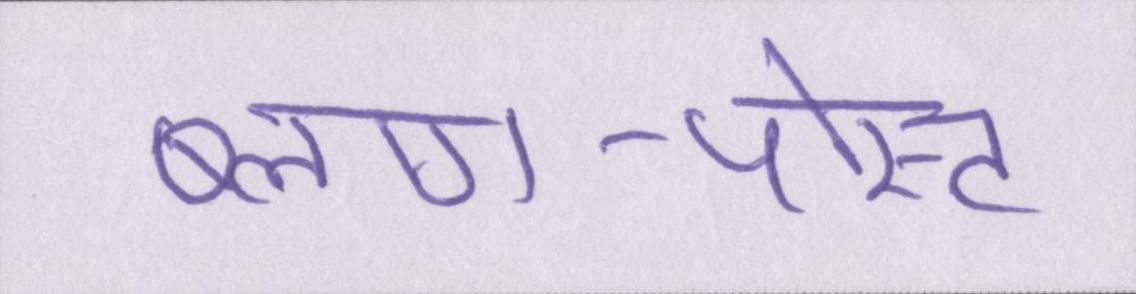
ब्लाग-पोस्ट